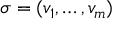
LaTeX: \sigma = ( v _ { 1 } , \dots , v _ { m } )